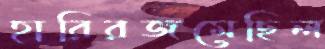
হারিরজমেছিল